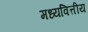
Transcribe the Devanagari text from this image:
मध्यवित्तीय